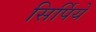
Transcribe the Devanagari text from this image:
सिर्पिये